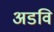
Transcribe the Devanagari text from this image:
अडवि